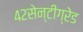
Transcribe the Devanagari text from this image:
४२सेन्टीग्रेड